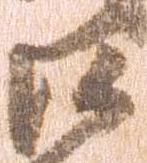
沙